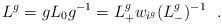
LaTeX: \begin{align*}L^{g}=gL_{0}g^{-1}=L_{+}^{g}w_{i^{g}}(L_{-}^{g})^{-1}\ \ .\end{align*}